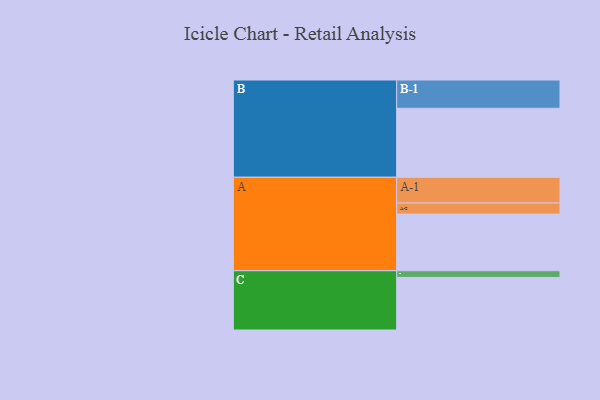
{"axis": {"x": "Segment", "y": "Value"}, "legend": ["", "A", "B", "C"], "data": [{"x": "A", "y": 492, "type": ""}, {"x": "B", "y": 599, "type": ""}, {"x": "C", "y": 457, "type": ""}, {"x": "A-1", "y": 224, "type": "A"}, {"x": "A-2", "y": 96, "type": "A"}, {"x": "B-1", "y": 246, "type": "B"}, {"x": "C-1", "y": 58, "type": "C"}]}